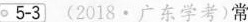
5-3 (2018·广东学考)常